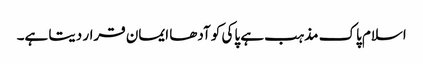
اسلام پاک مذہب ہے پاکی کو آدھا ایمان قرار دیتا ہے۔